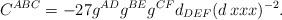
LaTeX: \begin{align*}C^{ABC} = -27 g^{AD}g^{BE}g^{CF}d_{DEF}(d\,xxx)^{-2}.\end{align*}